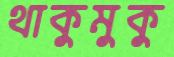
থাকুমুকু